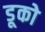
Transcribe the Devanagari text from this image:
डूको